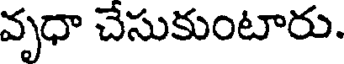
వృధా చేసుకుంటారు.